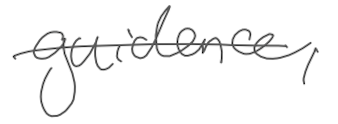
Text: guidance,
Cross-out: single-line
Writing tool: digital_gray